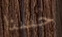
حسنا